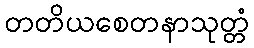
တတိယစေတနာသုတ္တံ